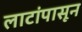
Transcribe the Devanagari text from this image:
लाटांपासून